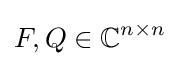
F,Q\in \mathbb {C} ^{n\times n}